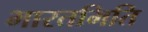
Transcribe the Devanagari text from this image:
भारतमिति